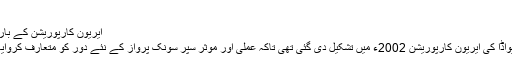
”
ایریون کارپوریشن کے بارے میں
رینو، نیواڈا کی ایریون کارپوریشن 2002ء میں تشکیل دی گئی تھی تاکہ عملی اور موثر سپر سونک پرواز کے نئے دور کو متعارف کروایا جائے۔